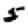
Digit: 5